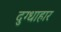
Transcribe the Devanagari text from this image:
दुग्धाहार